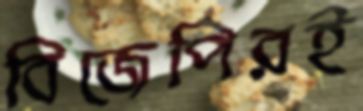
বিজেপিরই